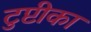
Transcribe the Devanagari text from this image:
टुप्टीका